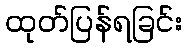
ထုတ်ပြန်ရခြင်း